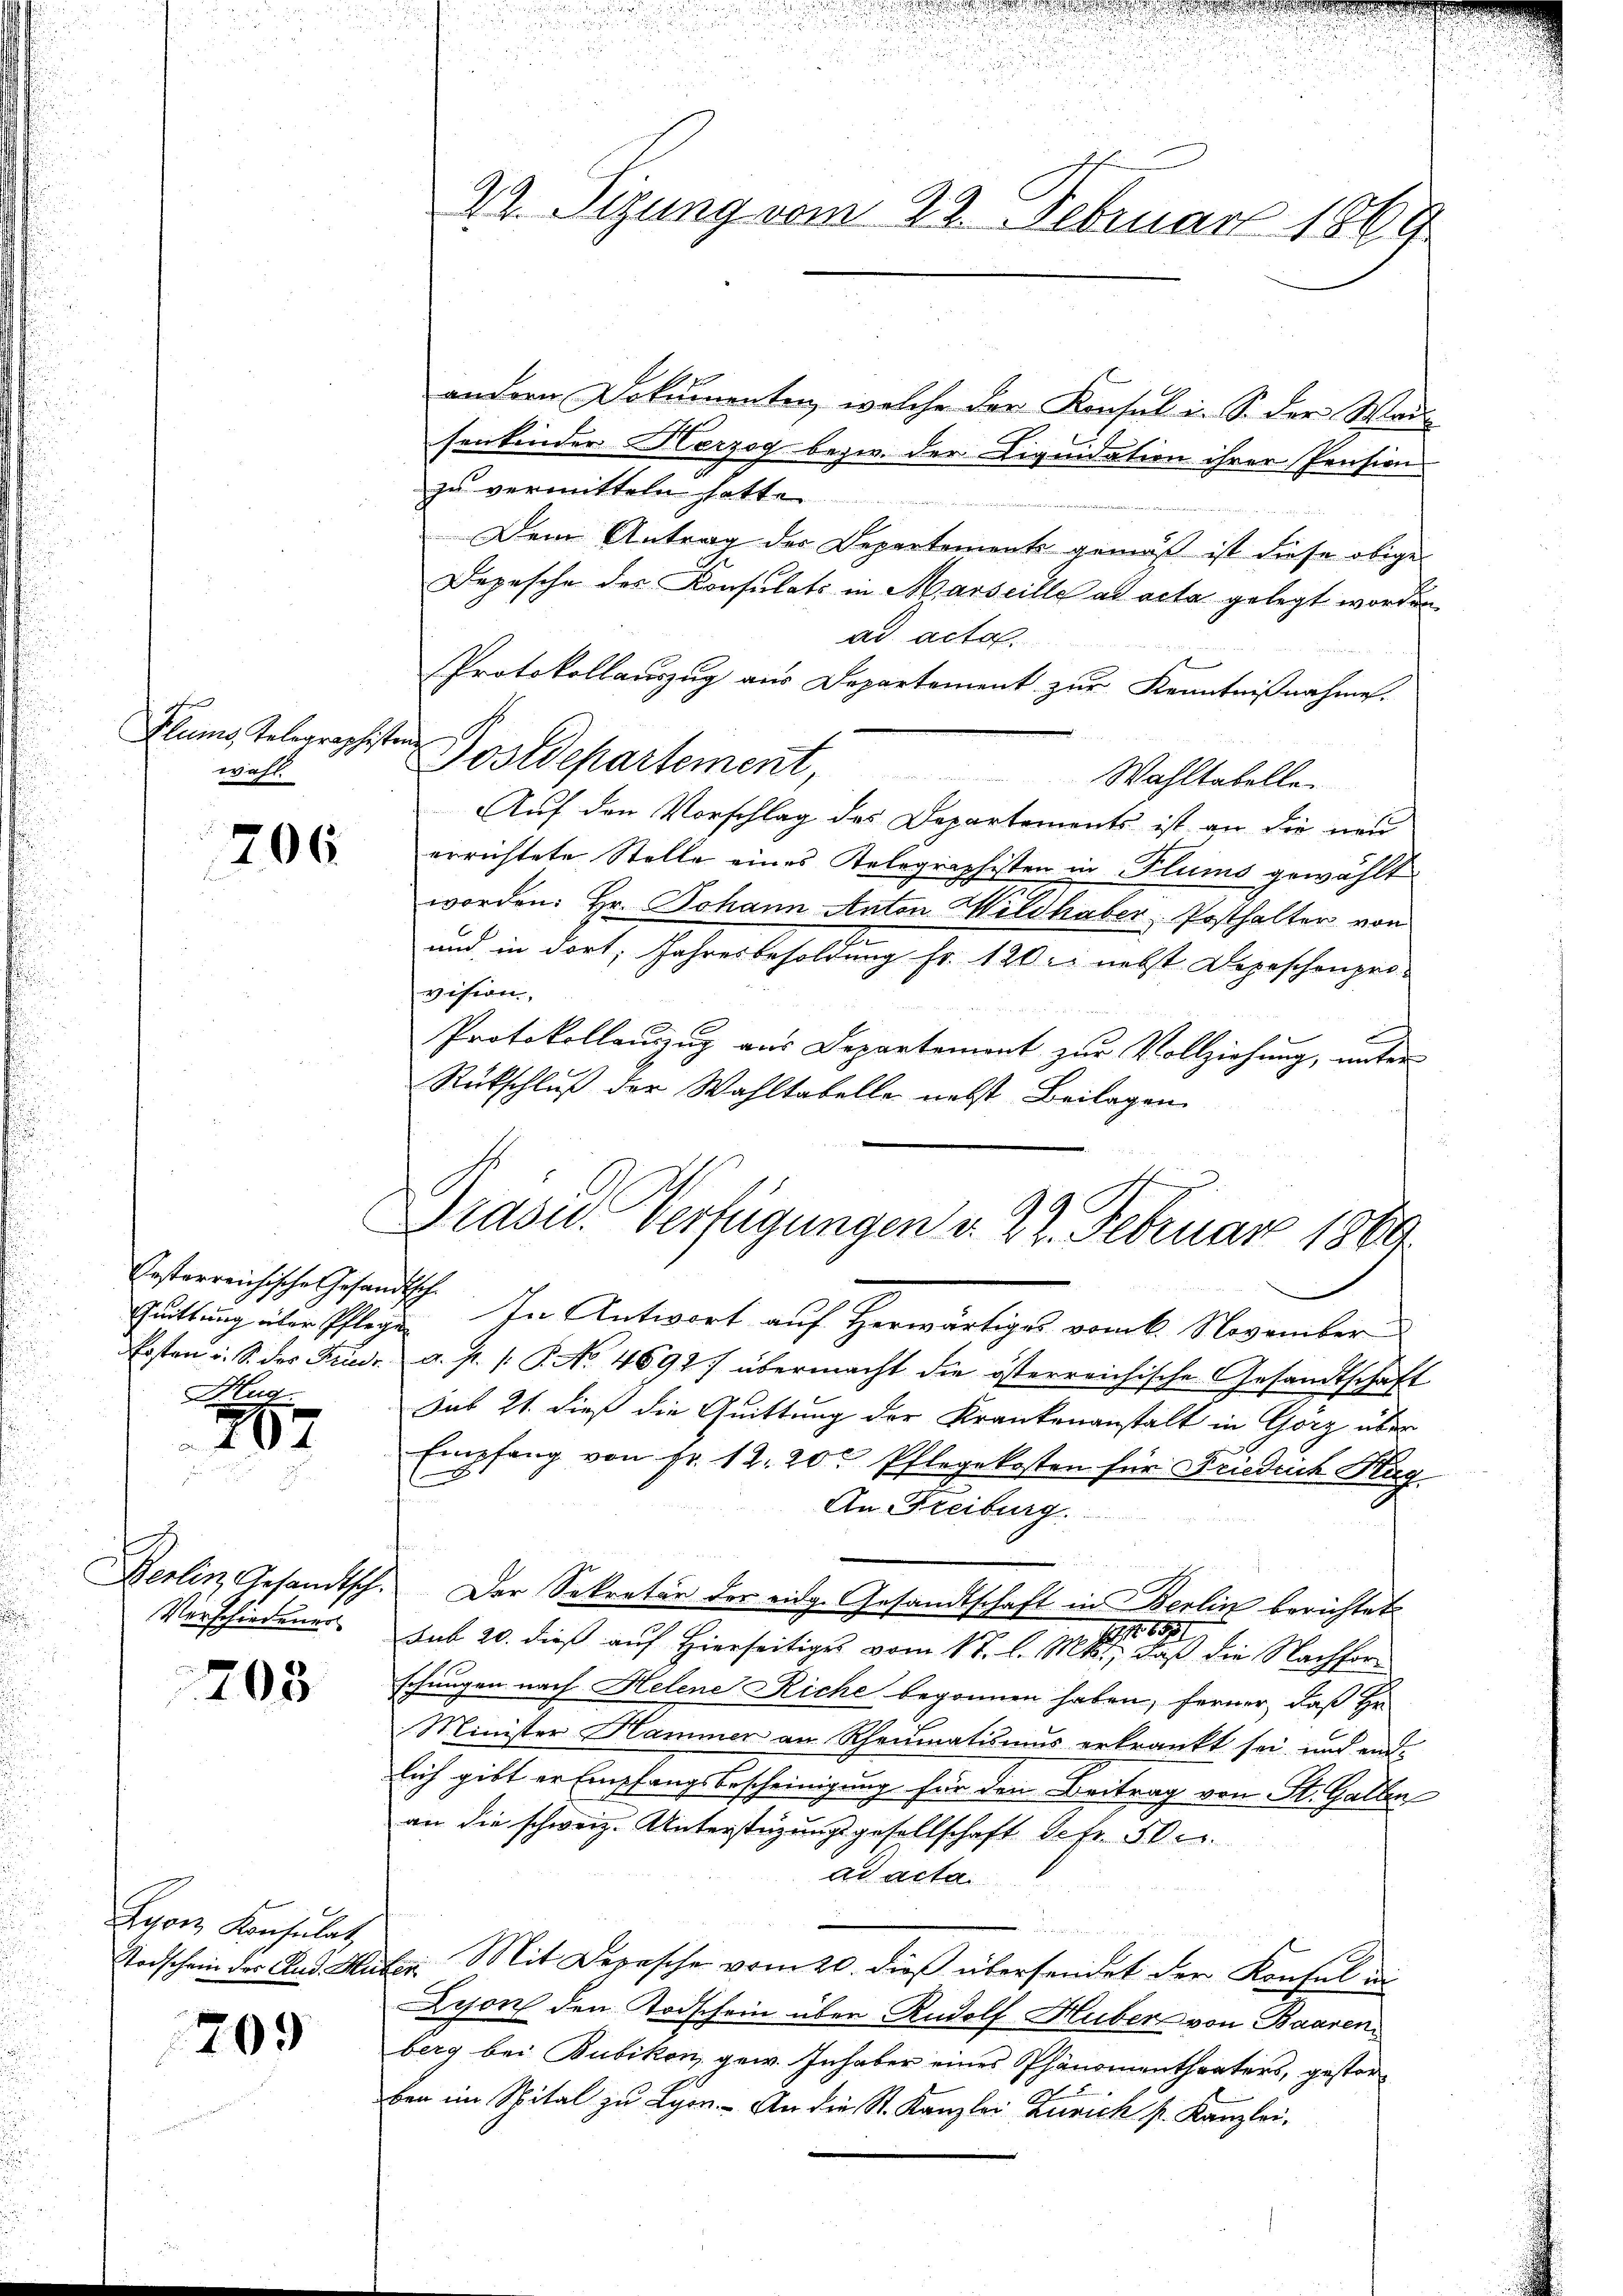
Glums Gelegraschist
wahl.

206

Pestarreichische Gesandtsch
Hag

20

Derlin, Gesandtsch.
Verschiedener

205

Lyon Konsulat,
Stodschein des Clud. Au

709

22. Sizung vom 23. Februar 1869

ich
Postdepartement,

Drasu. Verfügungen d. 22. Februar 1869.

andern Dokumenten, welche der Konsul i. S. der Wai-
senkinder Herzog bezw. der Liquidation ihrer Pension
zu vermitteln hatte.
Dem Antrag der Departemente gemäß ist diese obige
Depesche des Konsulats in Marseille ad acta gelegt worden
ad acta
Protokollauszug aus Departement zur Kenntnißnahme.
Wahltabelle.
Auf den Vorschlag des Departements ist an die neu
errichtete Stelle eines Telegraphisten in Flums gewählt
worden. Hr. Johann Anton Wildhaber Posthalter von
e
und, in dort, Jahresbesoldung Fr. 120 l. nebst Depeschenprovision,
Protokollanzug aus Departement zur Vollziehung, unter
Rückschluß der Wahltabelle nebst Beilagen

Guittung über schlege. In Antwort auf Herwärtiges vom 6. November
Ersten u. S. des Friedr. a. p. 1. P. No 46927 übermacht die österreichische Gesandtschaft
Sub 21. dieß die Quittung der Krankenanstalt in Görz über
Empfang von Fr. 12. 20 Pflegekosten für Friedrich Klag
C
An Freiburg.
Der Sekretär der eidg. Gesandtschaft in Berlin berichtet
11 1891
sub 20. dieß auf Hierseitiges vom 17. l. Mts., daß die Nachforschungen nach Helene Riche begonnen haben, ferner, daß Hr.
Minister Hammer an Rheumatismus erkrankt sei, und ein-
lich gibt er Empfangsbescheinigung für den Beitrag von St. Gallen
an die schweiz. Unterstüzungsgesellschaft Schr. 50c
ad acta.
Mit Depesche vom 20. dieß übersendet der Konsul in
f
Dison den Todschein über Rudolf Huber von Baaren
berg bei Bubikon, gew. Inhaber eines Phänomentheaters, gestorben im Spital zu Lyer. An die St. Kanzlei Zürich s. Kanzlei-